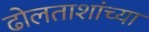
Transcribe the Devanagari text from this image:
ढोलताशांच्या